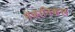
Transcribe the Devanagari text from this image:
मेकानिकल